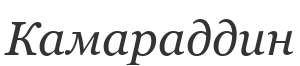
Камараддин